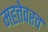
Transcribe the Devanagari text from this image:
महत्तेवरच